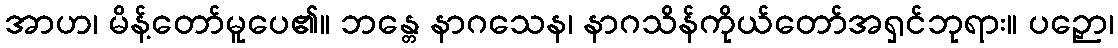
အာဟ၊ မိန့်တော်မူပေ၏။ ဘန္တေ နာဂသေန၊ နာဂသိန်ကိုယ်တော်အရှင်ဘုရား။ ပဉှော၊